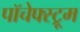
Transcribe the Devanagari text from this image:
पॉचेफ्स्ट्रूम